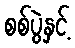
စစ်ပွဲနှင့်